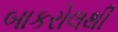
બાકરોલથી